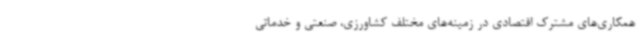
همکاری‌های مشترک اقتصادی در زمینه‌های مختلف کشاورزی، صنعتی و خدماتی